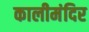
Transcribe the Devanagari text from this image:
कालीमंदिर